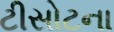
ટીસોટના